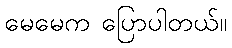
မေမေက ပြောပါတယ်။